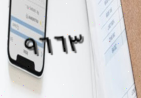
٩٦٦٣